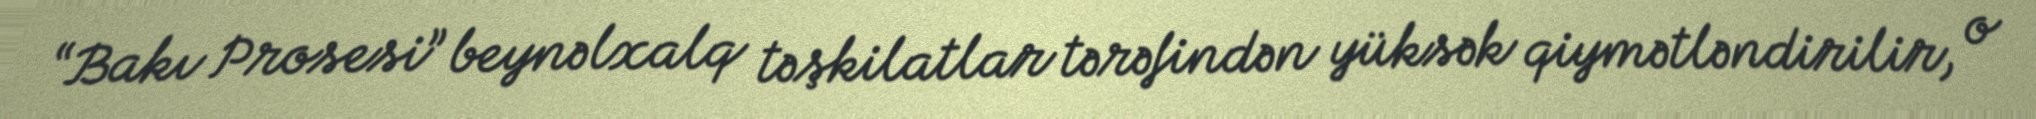
“Bakı Prosesi” beynəlxalq təşkilatlar tərəfindən yüksək qiymətləndirilir, o